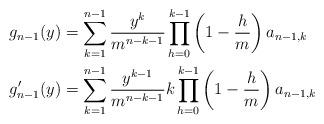
LaTeX: \begin{align*}&g_{n-1}(y)=\sum_{k=1}^{n-1}\frac{y^k}{m^{n-k-1}}\prod_{h=0}^{k-1}\left(1-\frac{h}{m}\right)a_{n-1,k}\\&g'_{n-1}(y)=\sum_{k=1}^{n-1}\frac{y^{k-1}}{m^{n-k-1}}k\prod_{h=0}^{k-1}\left(1-\frac{h}{m}\right)a_{n-1,k}\end{align*}